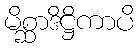
မိစ္ဆာဒိဋ္ဌိကာပိ